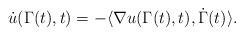
LaTeX: \begin{align*}\dot{u}(\Gamma(t),t)=-\langle\nabla u(\Gamma(t),t),\dot{\Gamma}(t)\rangle.\end{align*}